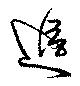
追